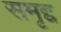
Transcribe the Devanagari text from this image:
समृद्द